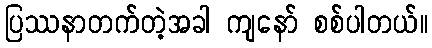
ပြဿနာတက်တဲ့အခါ ကျနော် စစ်ပါတယ်။